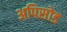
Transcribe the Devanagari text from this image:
अपिसोड